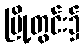
မြို့တွင်း၌